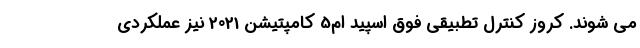
می شوند. کروز کنترل تطبیقی فوق اسپید ام5 کامپتیشن 2021 نیز عملکردی